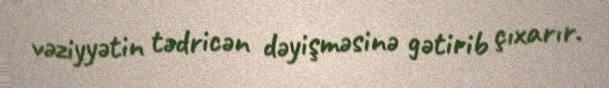
vəziyyətin tədricən dəyişməsinə gətirib çıxarır.